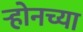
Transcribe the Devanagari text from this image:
ऱ्होनच्या